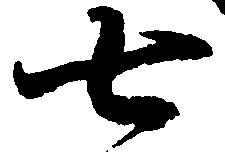
七